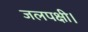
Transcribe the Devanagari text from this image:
जलपक्षी।